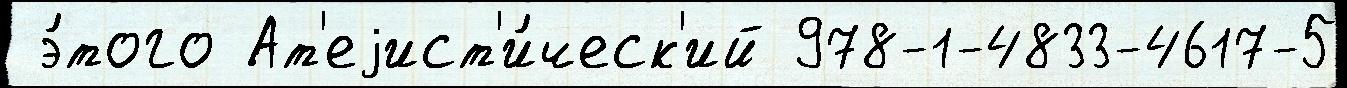
 э́того Ат'еjист'и́ческ'ий 978-1-4833-4617-5